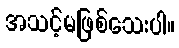
အသင့်မဖြစ်သေးပါ။